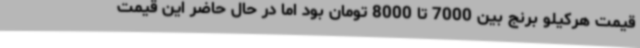
قیمت هرکیلو برنج بین 7000 تا 8000 تومان بود اما در حال حاضر این قیمت